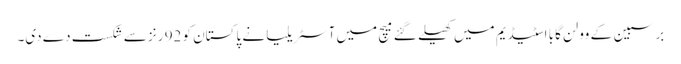
برسبین کے وولن گابا اسٹیڈیم میں کھیلے گئے میچ میں آسٹریلیا نے پاکستان کو 92 رنز سے شکست دے دی۔